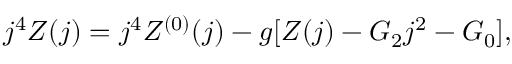
j ^ { 4 } Z ( j ) = j ^ { 4 } Z ^ { ( 0 ) } ( j ) - g [ Z ( j ) - { \cal G } _ { 2 } j ^ { 2 } - { \cal G } _ { 0 } ] ,